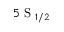
5 \mathrm { ~ S ~ } _ { 1 / 2 }